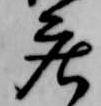
庄